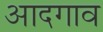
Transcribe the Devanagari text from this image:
आदगाव